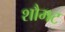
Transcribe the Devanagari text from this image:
शौमट